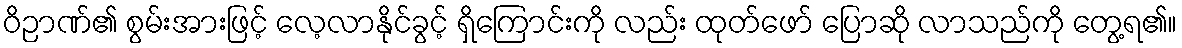
ဝိဉာဏ်၏ စွမ်းအားဖြင့် လေ့လာနိုင်ခွင့် ရှိကြောင်းကို လည်း ထုတ်ဖော် ပြောဆို လာသည်ကို တွေ့ရ၏။